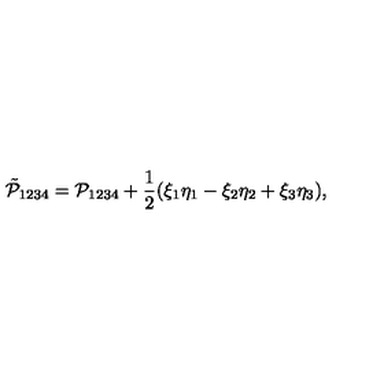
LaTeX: \tilde { \mathcal P } _ { 1 2 3 4 } = \mathcal P _ { 1 2 3 4 } + \frac { 1 } { 2 } ( \xi _ { 1 } \eta _ { 1 } - \xi _ { 2 } \eta _ { 2 } + \xi _ { 3 } \eta _ { 3 } ) ,